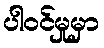
ပါဝင်မှုမှာ